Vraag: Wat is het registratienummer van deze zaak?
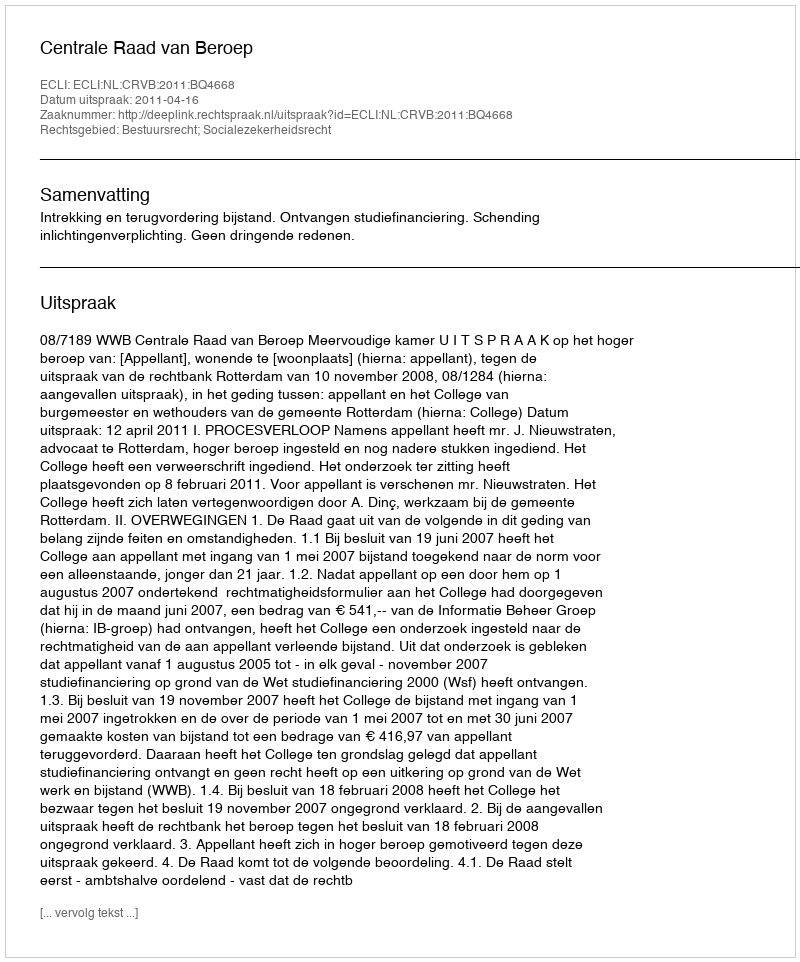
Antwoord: http://deeplink.rechtspraak.nl/uitspraak?id=ECLI:NL:CRVB:2011:BQ4668